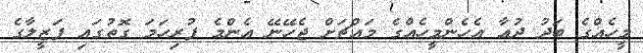
މީހެއްގެ ބަދު ދުޢާ އެހެންމީހެއްގެ މައްޗަށް ޖެހޭނޭ އެންމެ ފުރިހަމަ ގޮތުގައި ފަޒީލާގެ